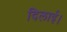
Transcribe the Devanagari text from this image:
दिलाई।